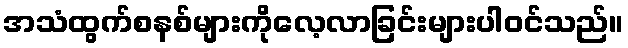
အသံထွက်စနစ်များကိုလေ့လာခြင်းများပါဝင်သည်။